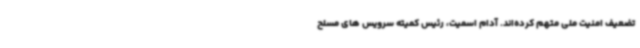
تضعیف امنیت ملی متهم کرده‌اند. آدام اسمیت، رئیس کمیته سرویس های مسلح